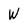
Character: W